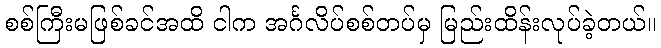
စစ်ကြီးမဖြစ်ခင်အထိ ငါက အင်္ဂလိပ်စစ်တပ်မှ မြည်းထိန်းလုပ်ခဲ့တယ်။